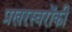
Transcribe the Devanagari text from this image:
प्रखरस्वरोंकी